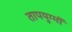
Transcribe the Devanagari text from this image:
तापयुग्मों